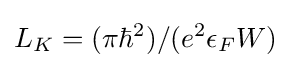
L_{K}=(\pi \hbar ^{2})/(e^{2}\epsilon _{F}W)